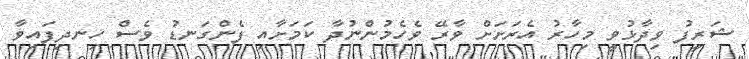
ޝަރީފު ވިދާޅުވީ މިހާރު އެރަށަށް ވާރޭ ވެހެމުންނުދާ ކަމަށާއި ފެންގަނޑު ވެސް ހިނދިފައިވާ